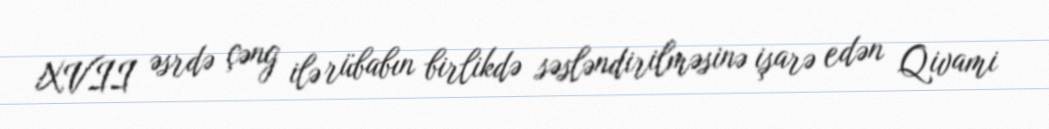
XVII əsrdə çəng ilə rübabın birlikdə səsləndirilməsinə işarə edən Qivami